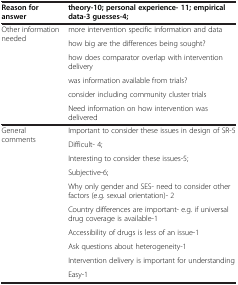
<table><thead><tr><td><b>Reason for answer</b></td><td><b>theory-10; personal experience- 11; empirical data-3 guesses-4;</b></td></tr></thead><tbody><tr><td rowspan="6">Other information needed</td><td>more intervention specific information and data</td></tr><tr><td>how big are the differences being sought?</td></tr><tr><td>how does comparator overlap with intervention delivery</td></tr><tr><td>was information available from trials?</td></tr><tr><td>consider including community cluster trials</td></tr><tr><td>Need information on how intervention was delivered</td></tr><tr><td rowspan="9">General comments</td><td>Important to consider these issues in design of SR-5</td></tr><tr><td>Difficult- 4;</td></tr><tr><td>Interesting to consider these issues-5;</td></tr><tr><td>Subjective-6;</td></tr><tr><td>Why only gender and SES- need to consider other factors (e.g. sexual orientation)- 2</td></tr><tr><td>Country differences are important- e.g. if universal drug coverage is available-1</td></tr><tr><td>Accessibility of drugs is less of an issue-1</td></tr><tr><td>Ask questions about heterogeneity-1</td></tr><tr><td>Intervention delivery is important for understanding</td></tr><tr><td> </td><td>Easy-1</td></tr></tbody></table>